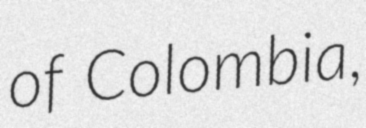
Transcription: of Colombia,